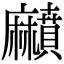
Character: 𪎰